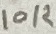
Text: 10K